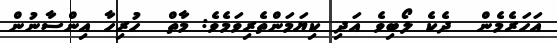
އަހަރެމެން  ދެކެ ލޯބިވެ އަދި ކިޔަމަންތެރިވަމެވެ: މާތް  ހުރިހާ އިންސާނުން